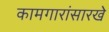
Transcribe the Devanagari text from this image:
कामगारांसारखे